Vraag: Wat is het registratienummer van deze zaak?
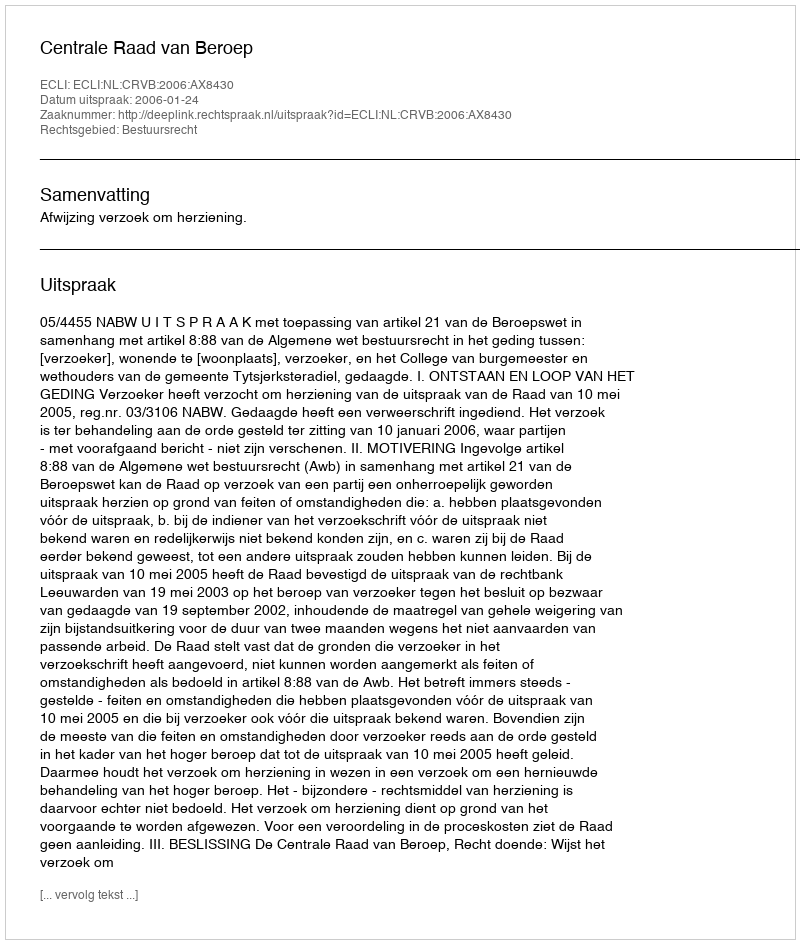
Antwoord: http://deeplink.rechtspraak.nl/uitspraak?id=ECLI:NL:CRVB:2006:AX8430